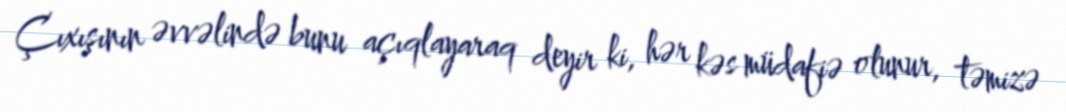
Çıxışının əvvəlində bunu açıqlayaraq deyir ki, hər kəs müdafiə olunur, təmizə